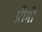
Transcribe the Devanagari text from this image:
प्रीमो